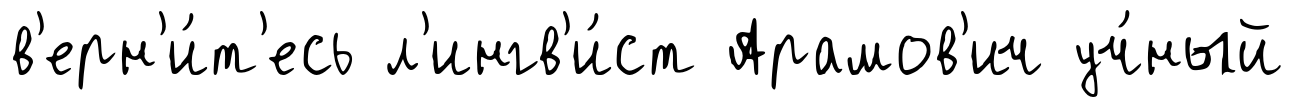
в'ерн'и́т'есь л'ингв'и́ст Арамов'ич уч́ный